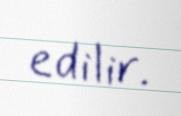
edilir.